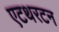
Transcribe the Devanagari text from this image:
एटथरटन